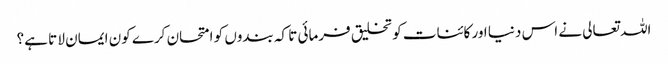
اللہ تعالی نے اس دنیا اور کائنات کو تخلیق فرمائی تا کہ بندوں کو امتحان کرے کون ایمان لا تا ہے؟